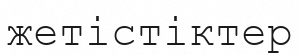
жетістіктер